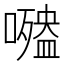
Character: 𡂍